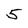
Character: 5